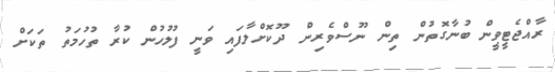
ރާއްޖެޓީވީން ބުނާގޮތުން ތިން ނޫސްވެރިން ދޫކޮށްލާފައި ވަނީ ފުލުހުން ކުރާ ތުހުމަތު ތަކަށް